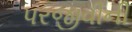
પરજીવીની